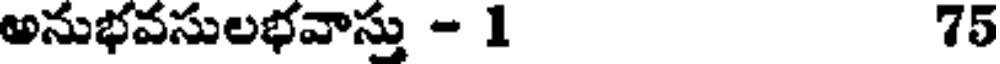
అనుభవసులభవాస్తు - 1 75